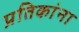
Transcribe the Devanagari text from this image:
प्रतिकांना